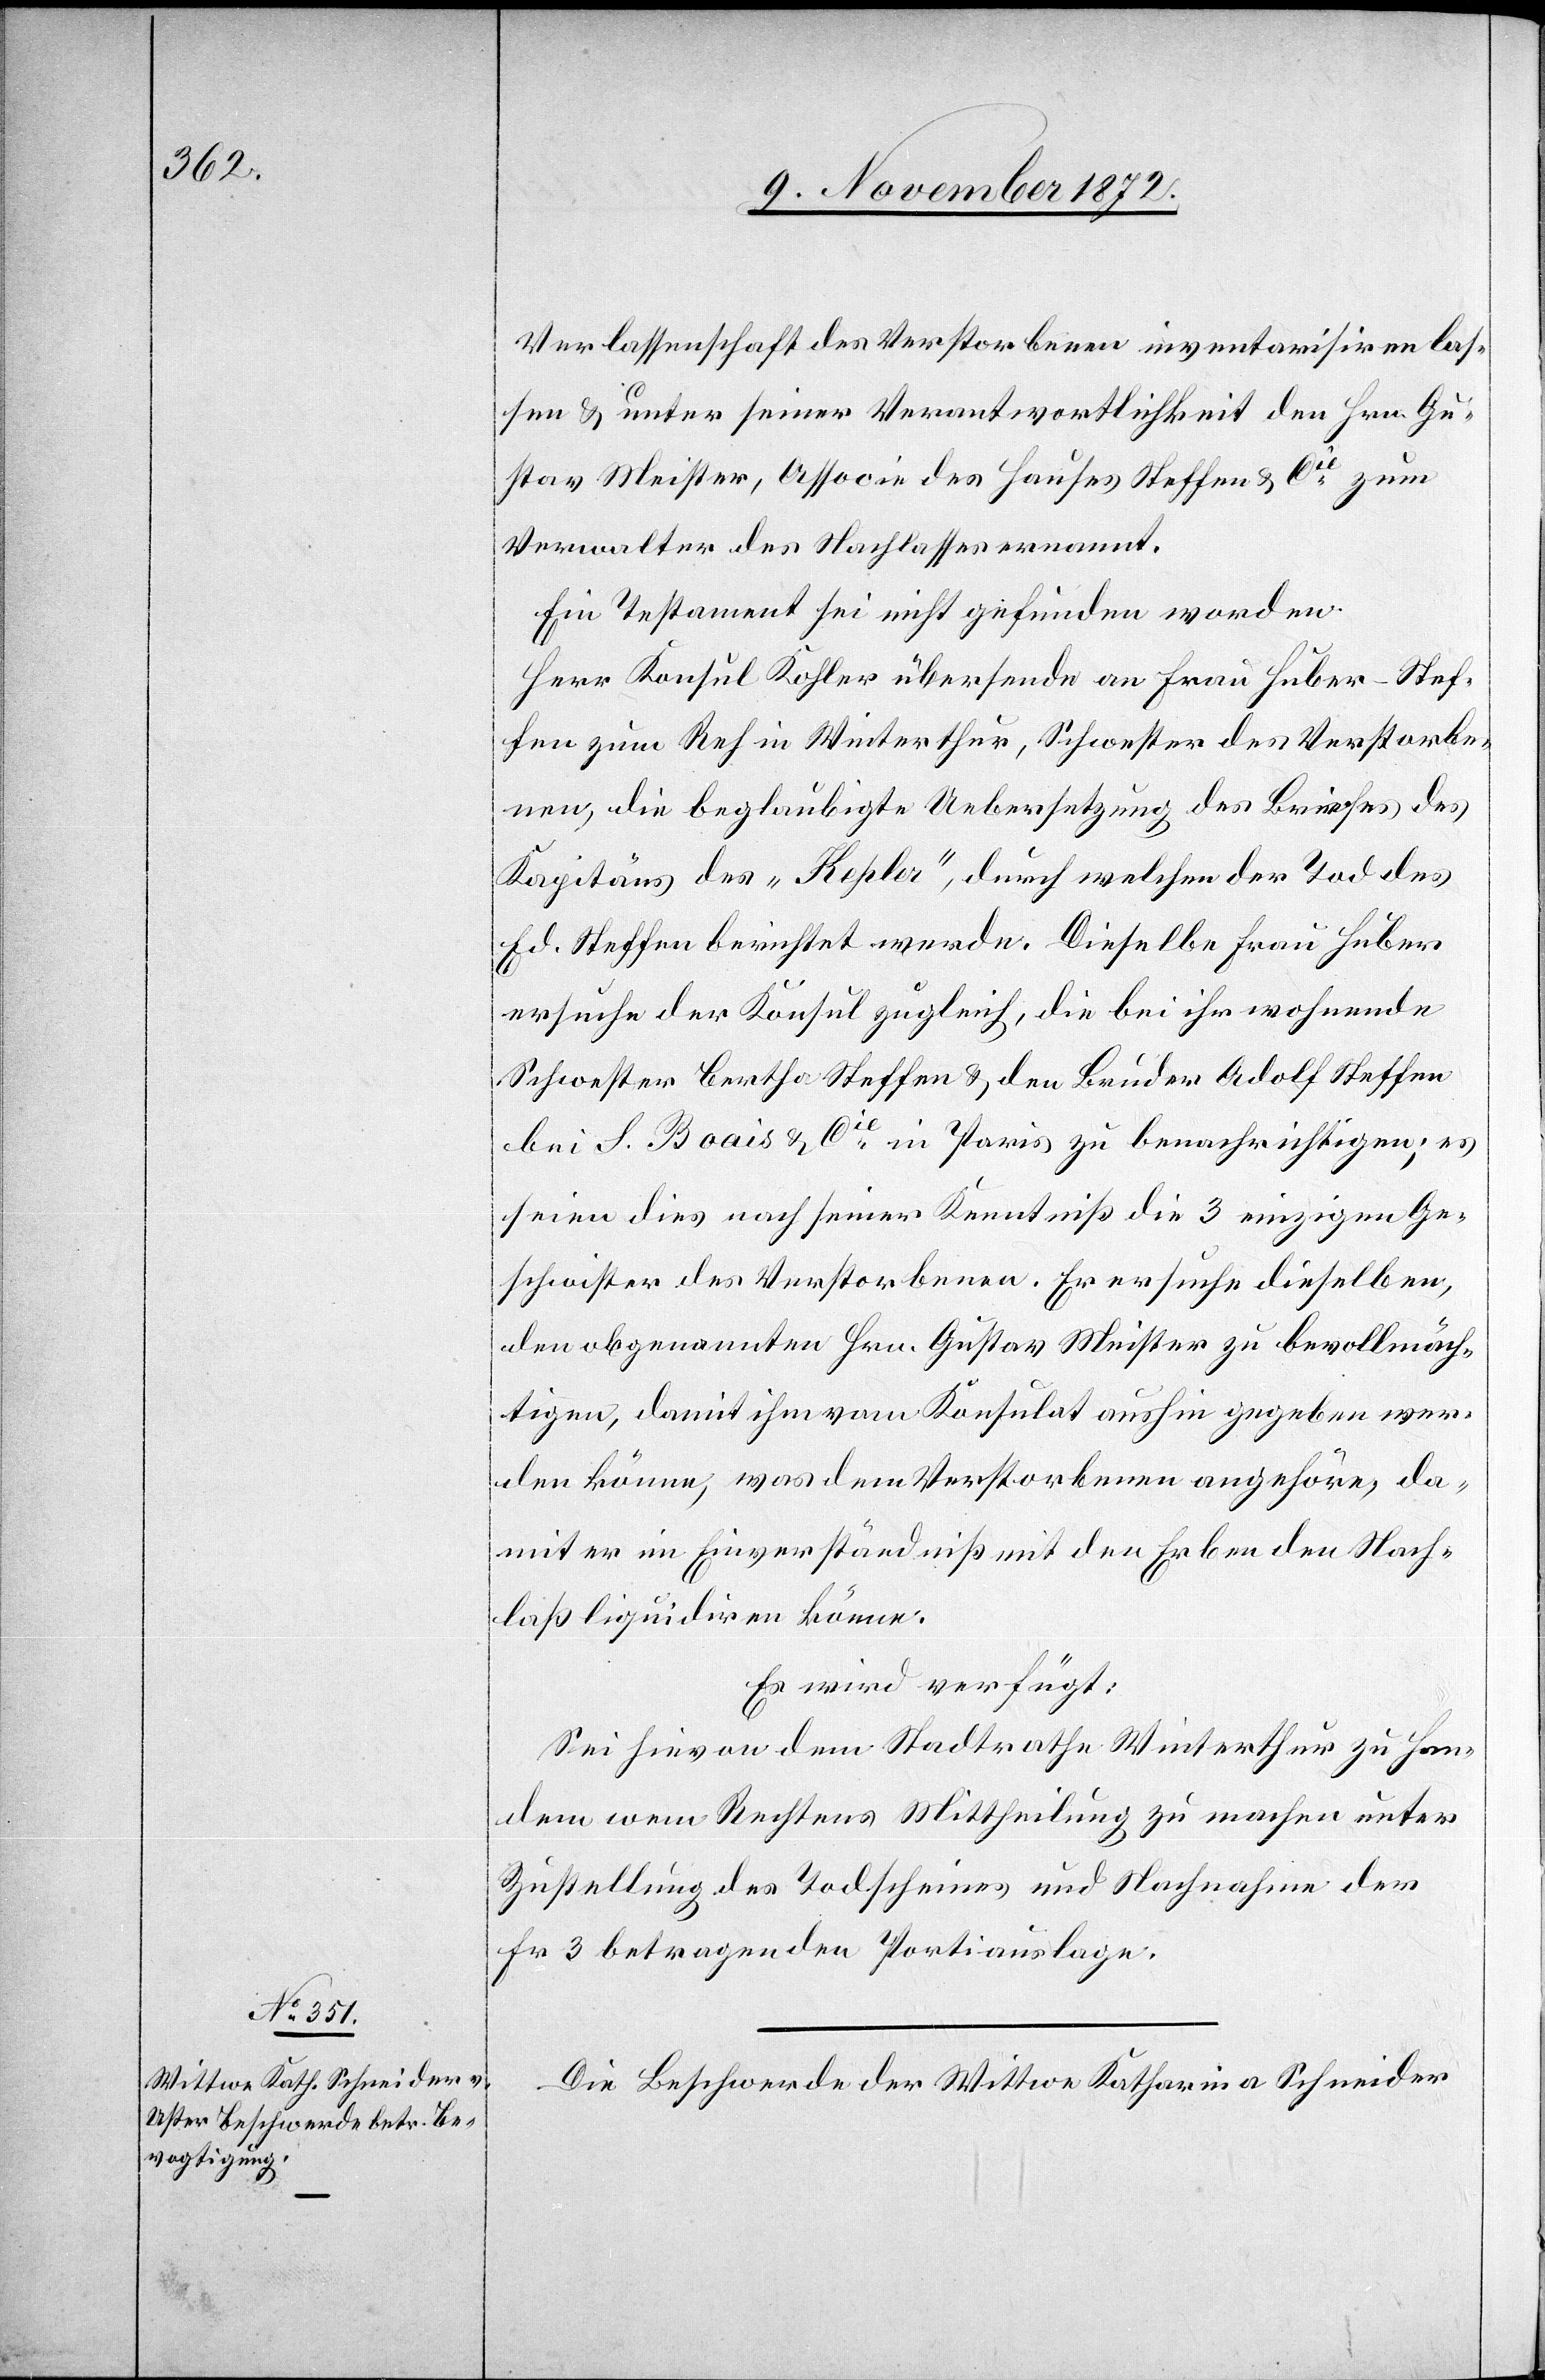
13. November 1872.]
Verlassenschaft des Verstorbenen inventarisiren las¬
sen u. unter seiner Verantwortlichkeit den Hrn. Gu¬
stav Meister, Associe des Hauses Steffen u. Cie zum
Verwalter des Nachlasses ernannt.
Ein Testament sei nicht gefunden worden.
Herr Konsul Kohler übersende an Frau Huber-Stef¬
fen zum Reh in Winterthur, Schwester des Verstorbe¬
nen, die beglaubigte Uebersetzung des Briefes des
Kapitäns des „Kepler“, durch welchen der Tod des
Ed. Steffen berichtet werde. Dieselbe Frau Huber
ersuche der Konsul zugleich, die bei ihr wohnende
Schwester Bertha Steffen u. den Bruder Adolf Steffen
bei S. Boais u. Cie in Paris zu benachrichtigen; es
seien dies nach seiner Kenntniß die 3 einzigen Ge¬
schwister des Verstorbenen. Er ersuche dieselben,
den obgenannten Hrn. Gustav Meister zu bevollmäch¬
tigen, damit ihm vom Konsulat aushin gegeben wer¬
den könne, was dem Verstorbenen angehöre, da¬
mit er im Einverständniß mit den Erben den Nach¬
laß liquidiren könne.
Es wird verfügt:
Sei hievon dem Stadtrathe Winterthur zu Han¬
den wem Rechtens Mittheilung zu machen unter
Zustellung des Todscheines und Nachnahme der
Fr 3 betragenden Portiauslage.
Die Beschwerde der Wittwe Katharina Schneider